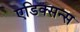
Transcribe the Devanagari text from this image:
एडिक्सन्स